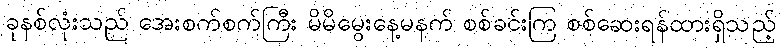
ခုနစ်လုံးသည် အေးစက်စက်ကြီး မိမိမွေးနေ့မနက် စစ်ခင်းကြ စစ်ဆေးရန်ထားရှိသည့်